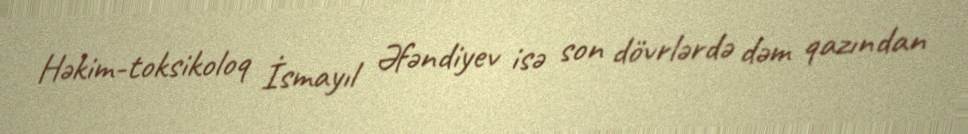
Həkim-toksikoloq İsmayıl Əfəndiyev isə son dövrlərdə dəm qazından